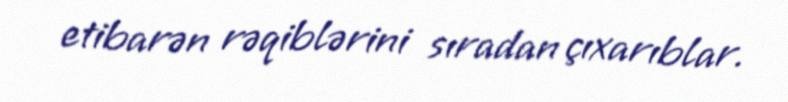
etibarən rəqiblərini sıradan çıxarıblar.